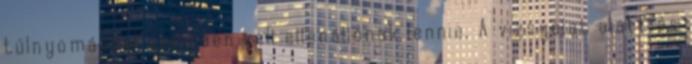
túlnyomással szemben kell ellenállónak lennie. A vizsgálat alatt és